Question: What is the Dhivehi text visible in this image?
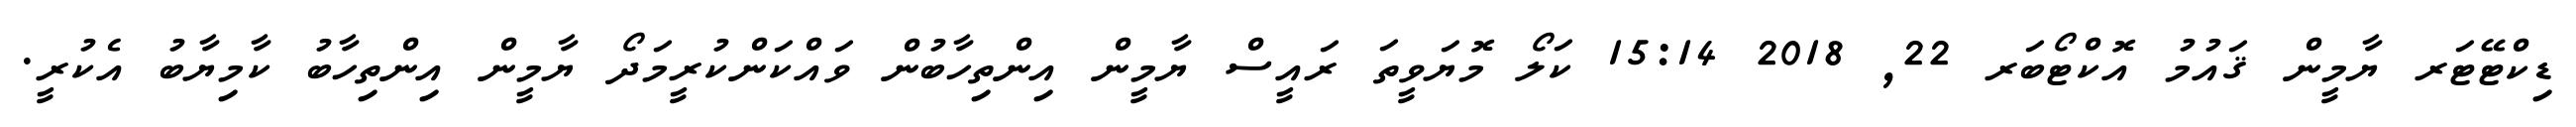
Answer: ޑިކްޓޭޓަރ ޔާމީން ޤައުމު އޮކްޓޯބަރ 22, 2018 15:14 ކަލޯ މޮޔަވީތަ ރައީސް ޔާމީން އިންތިހާބުން ވައްކަންކުރީމަދޯ ޔާމީން އިންތިހާބު ކާމިޔާބު އެކުރީ.